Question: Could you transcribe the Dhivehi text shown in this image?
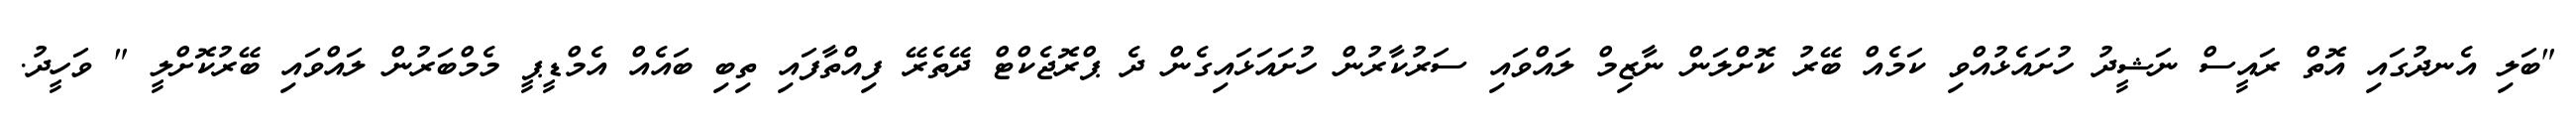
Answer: "ބަލި އެނދުގައި އޮތް ރައީސް ނަޝީދު ހުށައެޅުއްވި ކަމެއް ބޭރު ކޮށްލަން ނާޒިމް ލައްވައި ސަރުކާރުން ހުށައަޅައިގެން ދެ ޕްރޮޖެކްޓް ދޭތެރޭ ފިއްތާފައި ތިބި ބައެއް އެމްޑީޕީ މެމްބަރުން ލައްވައި ބޭރުކޮށްލީ " ވަހީދު.